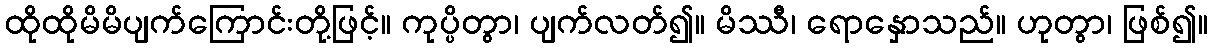
ထိုထိုမိမိပျက်ကြောင်းတို့ဖြင့်။ ကုပ္ပိတွာ၊ ပျက်လတ်၍။ မိဿီ၊ ရောနှောသည်။ ဟုတွာ၊ ဖြစ်၍။